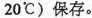
20℃)保存。